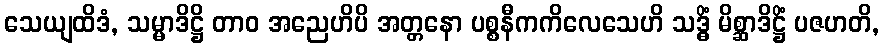
သေယျထိဒံ, သမ္မာဒိဋ္ဌိ တာဝ အညေဟိပိ အတ္တနော ပစ္စနီကကိလေသေဟိ သဒ္ဓိံ မိစ္ဆာဒိဋ္ဌိံ ပဇဟတိ,